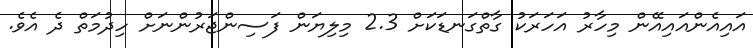
އައިއެންއައިއޭން މިހާރު އަހަރަކު ގާތްގަނޑަކަށް 2.3 މިލިޔަން ފަސިންޖަރުންނަށް ހިދުމަތް ދެ އެވެ.